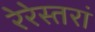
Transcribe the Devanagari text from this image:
रेरेस्तरां